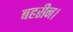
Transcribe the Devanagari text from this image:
बहरीन।